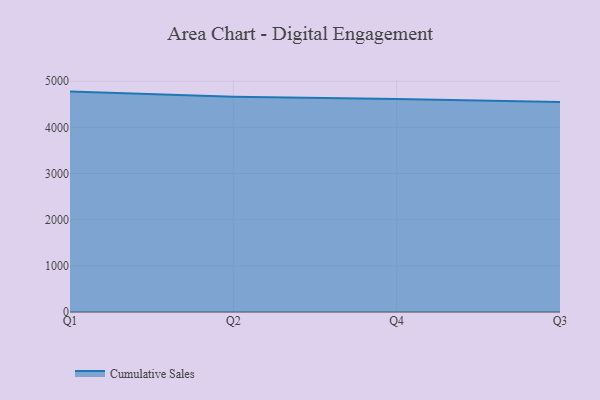
{"axis": {"x": "Quarter", "y": "Energy Usage (MWh)"}, "legend": ["Cumulative Sales"], "data": [{"x": "Q1", "y": 4775.1, "type": "Cumulative Sales"}, {"x": "Q2", "y": 4664.2, "type": "Cumulative Sales"}, {"x": "Q4", "y": 4612.1, "type": "Cumulative Sales"}, {"x": "Q3", "y": 4547.1, "type": "Cumulative Sales"}]}